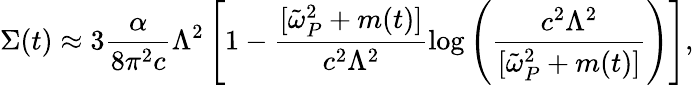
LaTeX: \Sigma(t)\approx{3}\frac{\alpha}{{8}\pi^{2}c}\Lambda^{2}\left[1-\frac{[\tilde{\omega}_{P}^{2}+m(t)]}{c^{2}\Lambda^{2}}\log\left(\frac{c^{2}\Lambda^{2}}{[\tilde{\omega}_{P}^{2}+m(t)]}\right)\right],